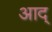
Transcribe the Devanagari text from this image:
आद्